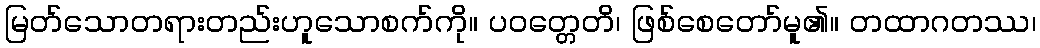
မြတ်သောတရားတည်းဟူသောစက်ကို။ ပဝတ္တေတိ၊ ဖြစ်စေတော်မူ၏။ တထာဂတဿ၊